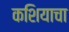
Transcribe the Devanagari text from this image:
कशियाचा